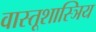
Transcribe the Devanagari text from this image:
वास्तूशास्ञिय